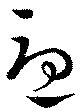
憂